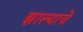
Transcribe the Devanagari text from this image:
झाल्‍याचे